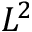
L ^ { 2 }